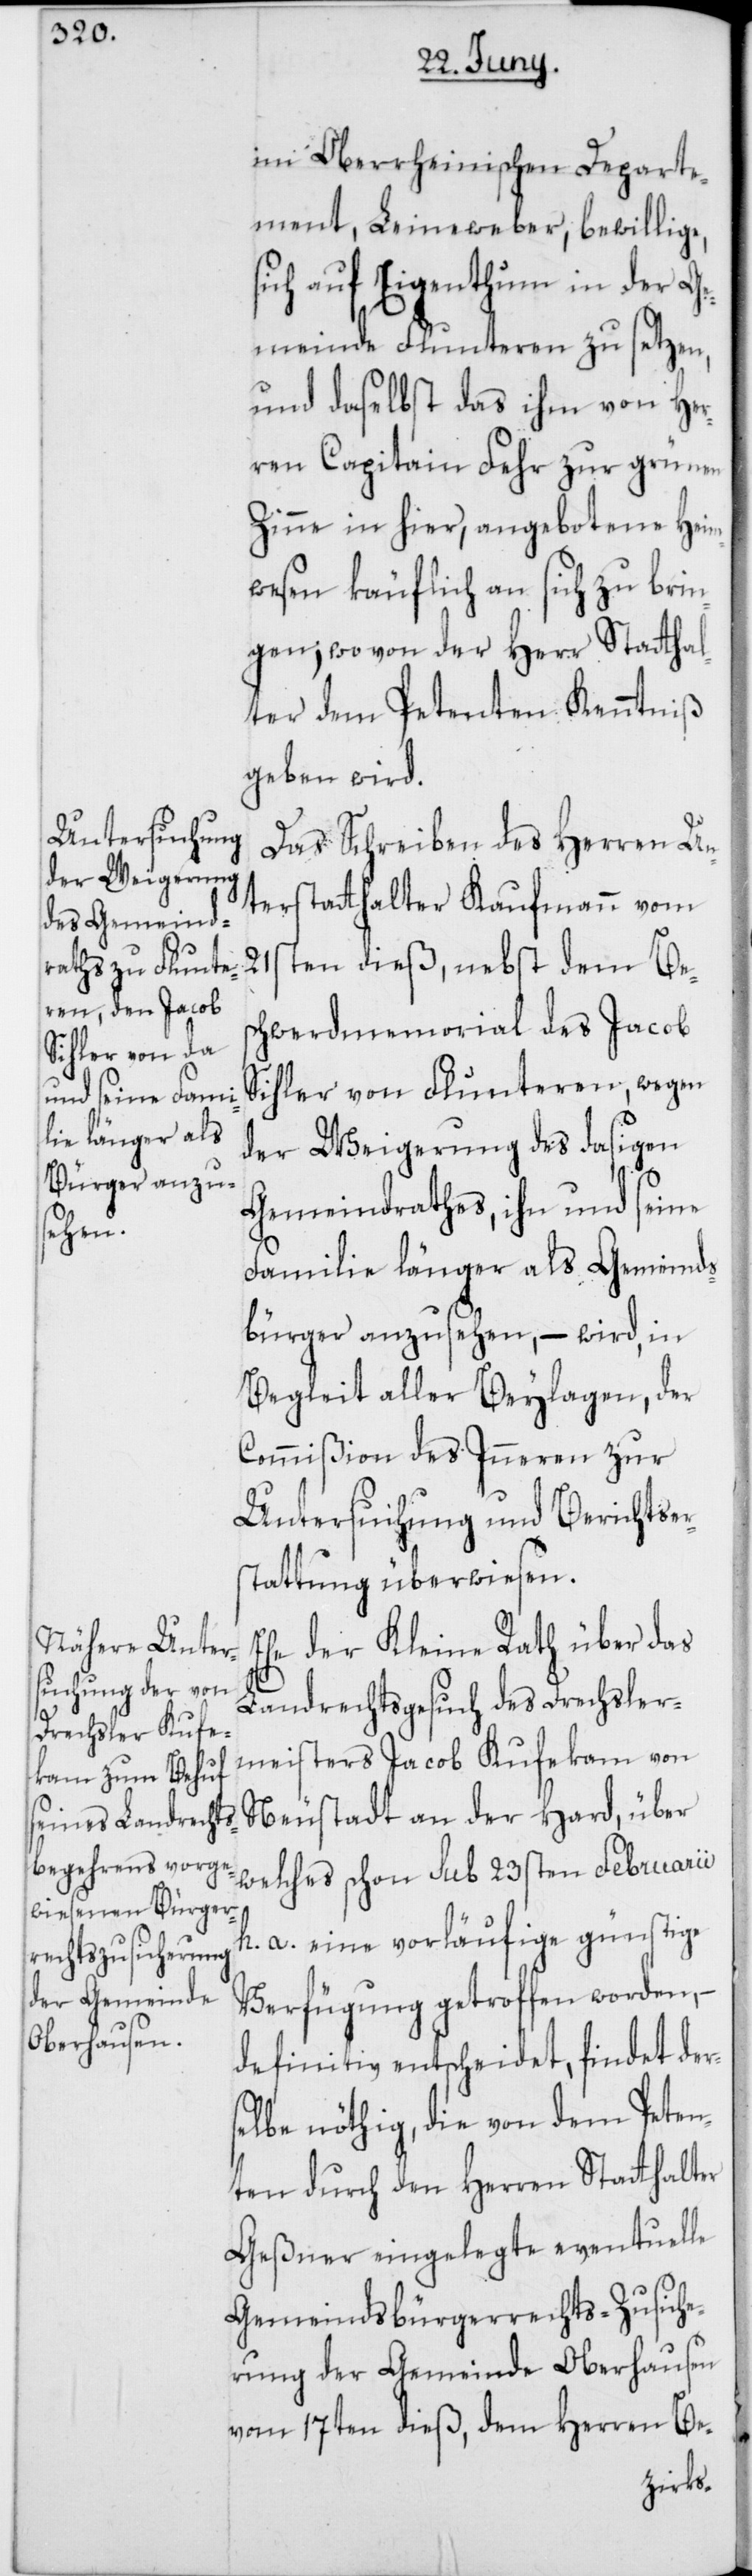
im Oberrheinischen Departe¬
ment, Leineweber, bewillige,
sich auf Eigenthum in der Ge¬
meinde Flunteren zu setzen,
und daselbst das ihm von Her¬
ren Capitain Fehr zur grünen
Zinne in hier, angebotene Heim¬
wesen käuflich an sich zu brin¬
gen, wovon der Herr Stathal¬
ter dem Petenten Kenntniß
geben wird.
Das Schreiben des Herren Un¬
terstatthalter Kaufmann vom
21sten dieß, nebst dem Bes¬
chwerdmemorial des Jacob
Sihler von Flunteren, wegen
der Weigerung des dasigen
Gemeindrathes, ihn und seine
Familie länger als Gemeinds¬
bürger anzusehen, – wird, in
Begleit aller Beylagen, der
Commißion des Inneren zur
Untersuchung und Berichtser¬
stattung überwiesen.
Ehe der Kleine Rath über das
Landrechtsgesuch des Drechsler¬
meisters Jacob Kufekam von
Neustadt an der Hard, über
welches schon sub 23sten Februarii
h. a. eine vorläufige günstige
Verfügung getroffen worden, –
definitiv entscheidet, findet ders¬
elbe nöthig, die von dem Peten¬
ten durch den Herren Stathalter
Geßner eingelegte eventuelle
Gemeindbürgerrechts-Zusiche¬
rung der Gemeinde Oberhausen
vom 17ten dieß, dem Herren Be-